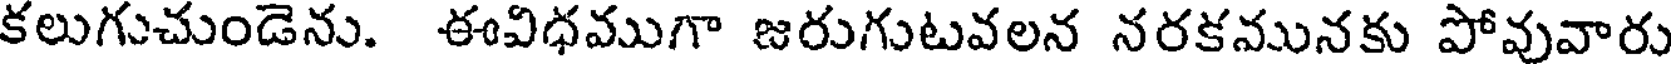
కలుగుచుండెను. ఈవిధముగా జరుగుటవలన నరకమునకు పోవువారు